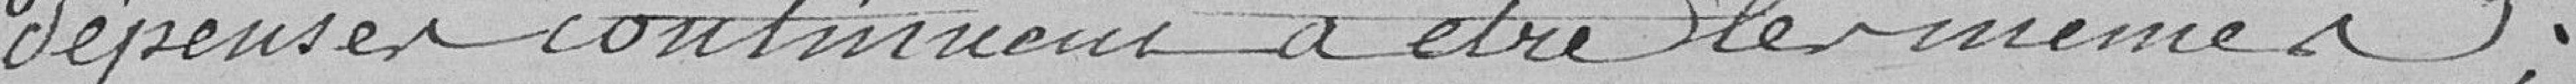
dépenses continuent à être les mêmes ;